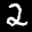
Label: 2